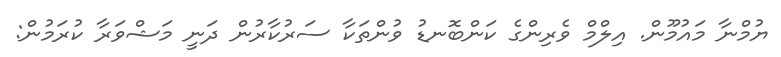
ޔުމްނާ މައުމޫން. އިލްމް ވެރިންގެ ކަންބޮނޑު ވުންތަކާ ސަރުކާރުން ދަނީ މަޝްވަރާ ކުރަމުން: